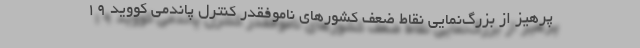
پرهیز از بزرگ‌نمایی نقاط ضعف کشورهای ناموفقدر کنترل پاندمی کووید ۱۹